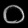
Digit: ၀